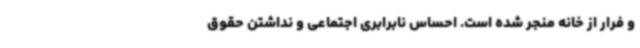
و فرار از خانه منجر شده است. احساس نابرابری اجتماعی و نداشتن حقوق